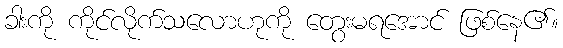
ခါးကို ကိုင်လိုက်သလောဟုကို တွေးမရအောင် ဖြစ်နေ၏။